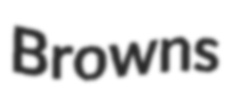
Browns